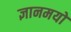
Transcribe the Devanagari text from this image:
ज्ञानमयो